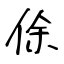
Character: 俆